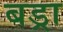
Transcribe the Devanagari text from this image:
बड्रा